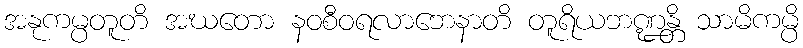
အနုကမ္ပတူတိ အဃတော နဝစီဝရလာဘေနာတိ တူရိယဘဏ္ဍန္တိ သာမိကမ္ပိ